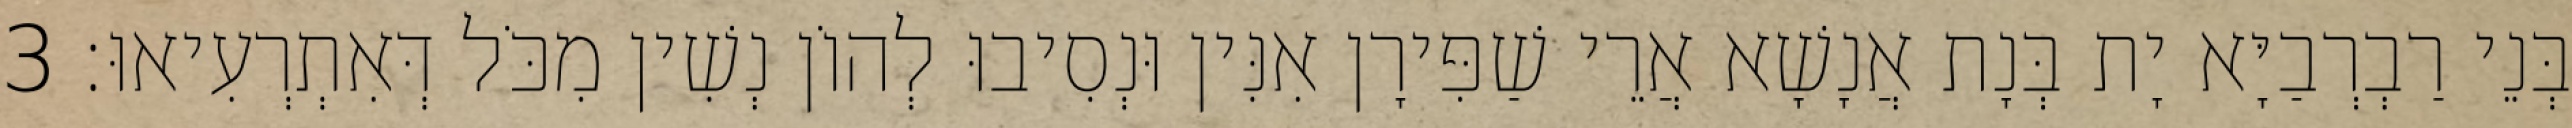
בְּנֵי רַבְרְבַיָּא יָת בְּנָת אֲנָשָׁא אֲרֵי שַׁפִּירָן אִנִּין וּנְסִיבוּ לְהוֹן נְשִׁין מִכֹּל דְּאִתְרְעִיאוּ׃ 3